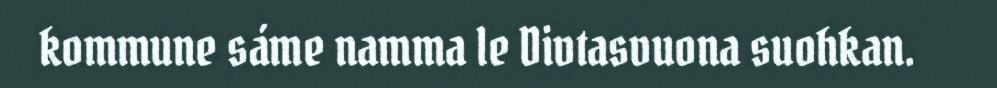
kommune sáme namma le Divtasvuona suohkan.